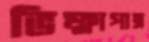
ভিক্ষাপাত্র